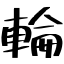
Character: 輪